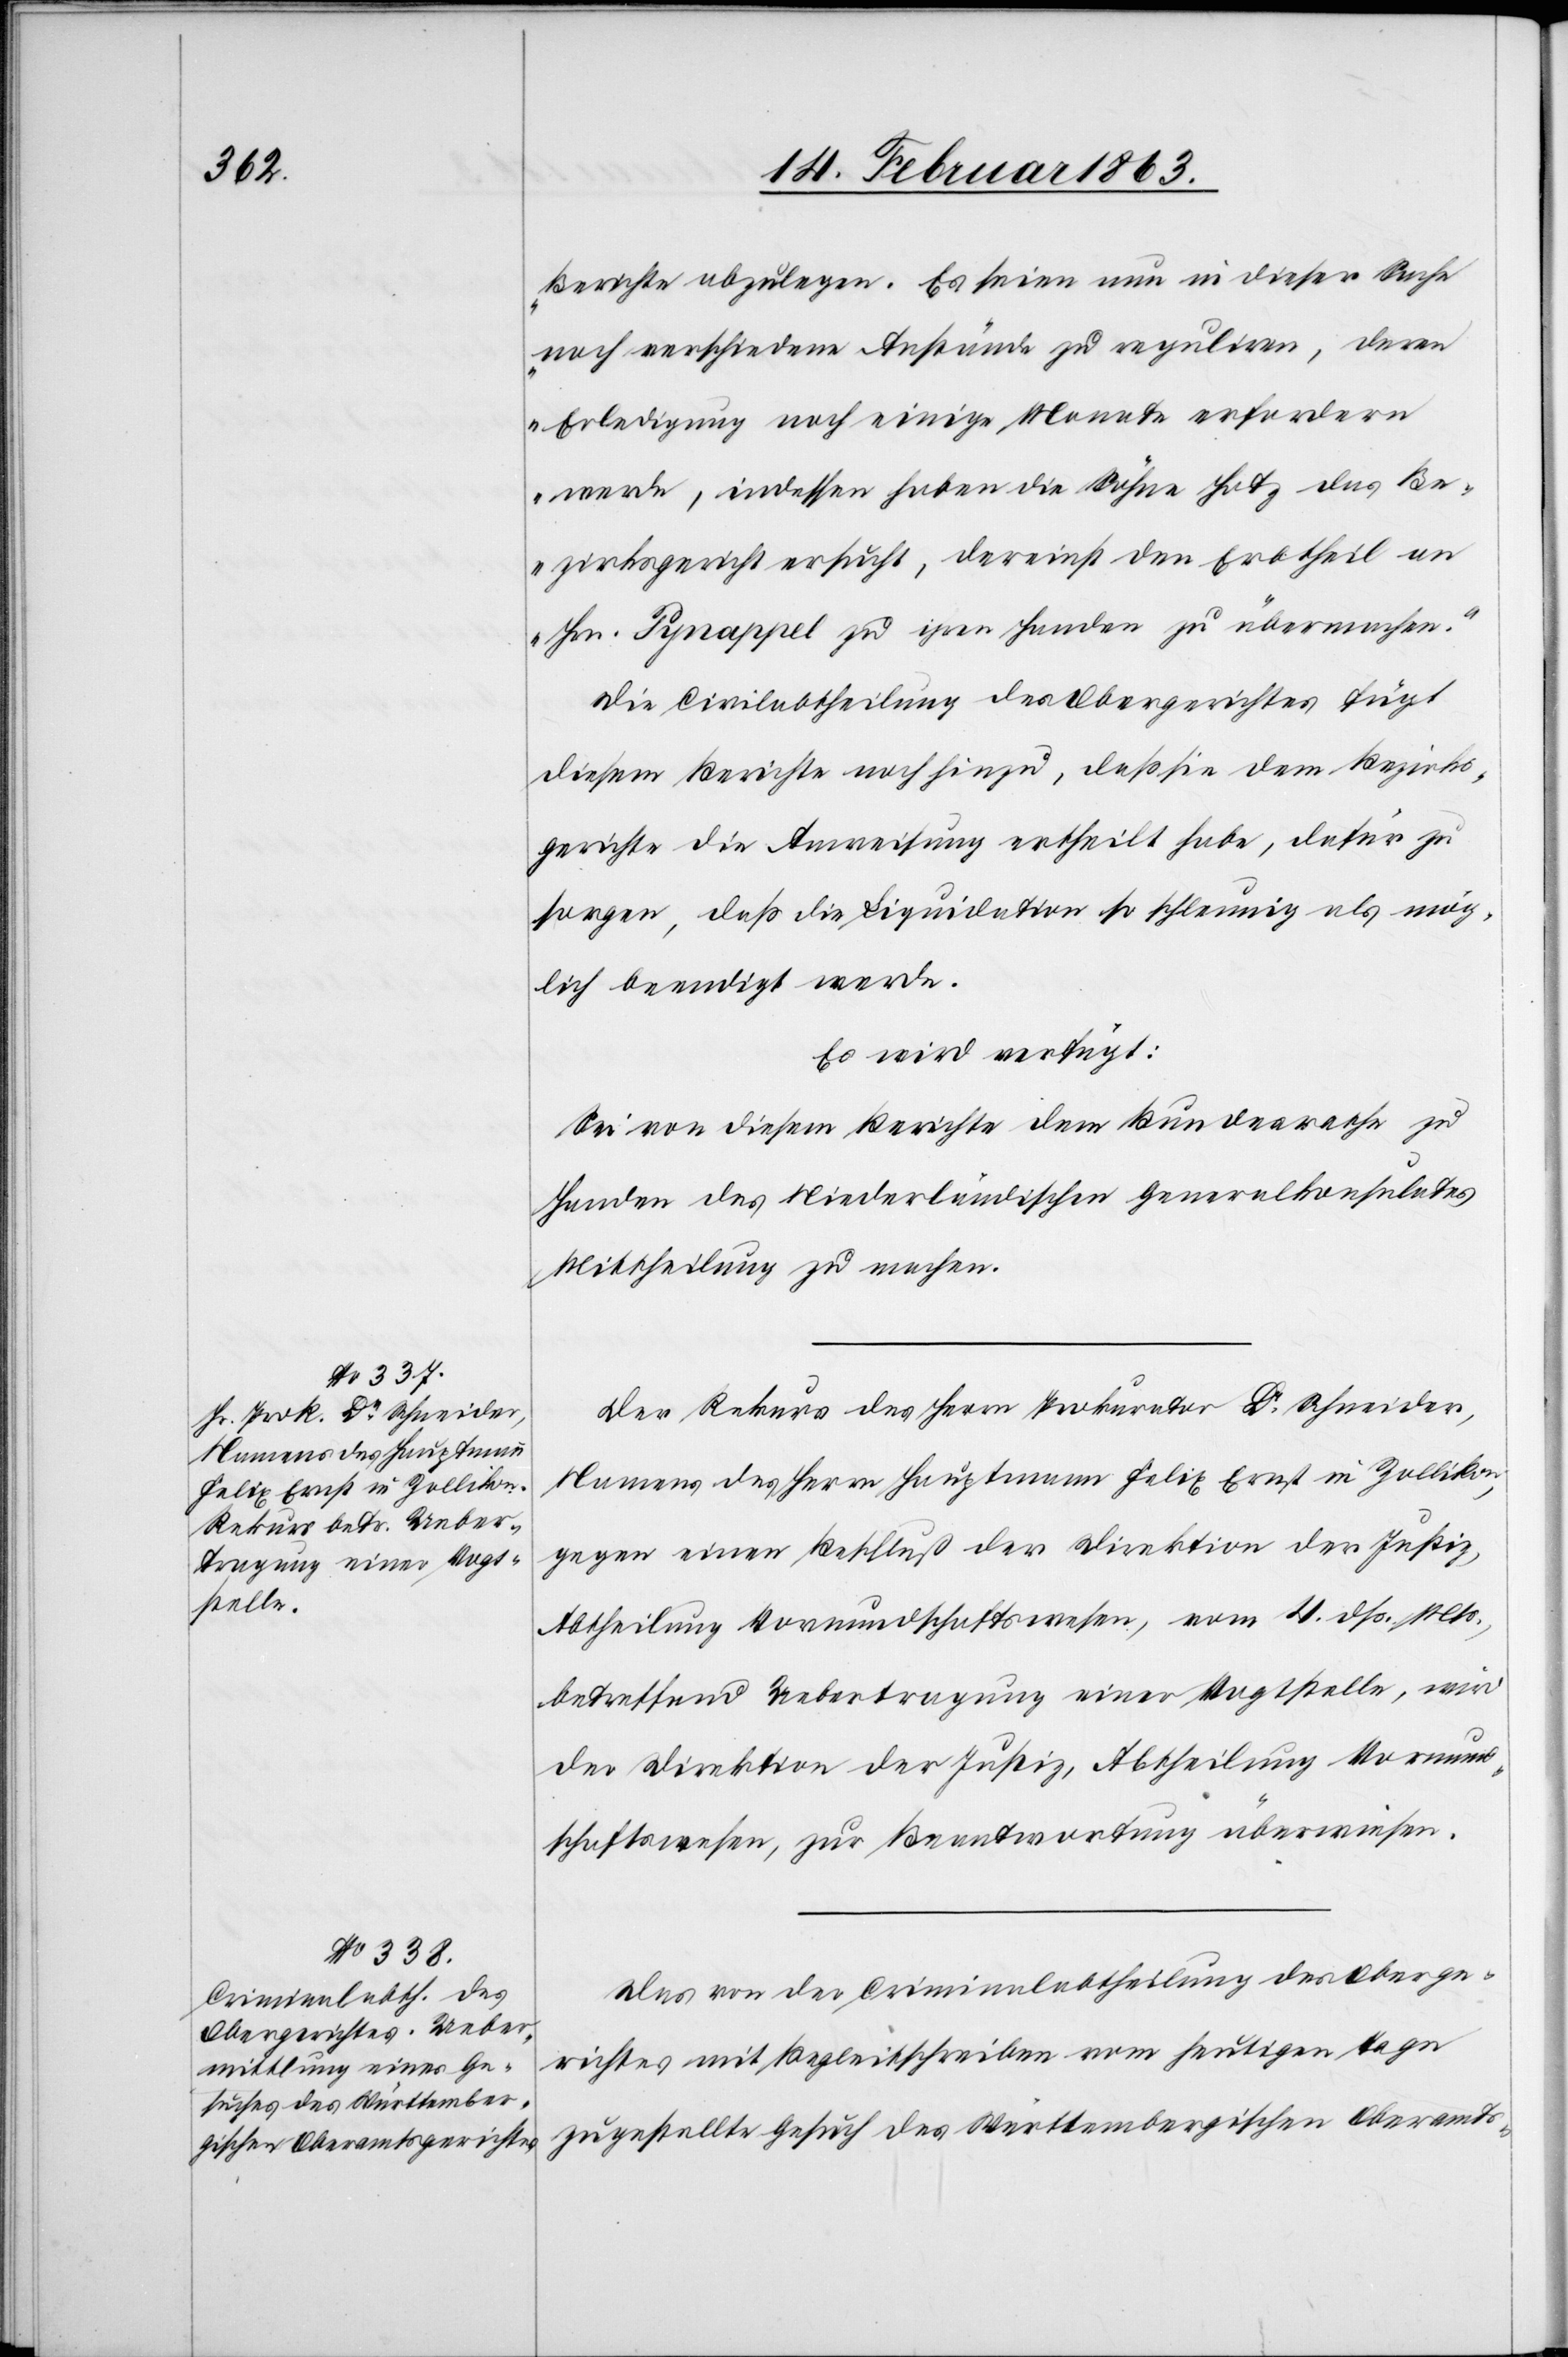
14. Februar 1863.]
Berichte abzulegen. Es seien nun in dieser Sache
noch verschiedene Anstände zu reguliren, deren
Erledigung noch einige Monate erfordern
werde, indessen haben die Söhne Hotz das Be¬
zirksgericht ersucht, dereinst den Erbtheil an
Hrn. Pynappel zu ihren Handen zu übermachen.“
Die Civilabtheilung des Obergerichtes fügt
diesem Berichte noch hinzu, daß sie dem Bezirks¬
gerichte die Anweisung ertheilt habe, dafür zu
sorgen, daß die Liquidation so schleunig als mög¬
lich beendigt werde.
Es wird verfügt:
Sei von diesem Berichte dem Bundesrathe zu
Handen des Niederländischen Generalkonsulates
Mittheilung zu machen.
Der Rekurs des Herrn Prokurator Dr Schneider,
Namens des Herrn Hauptmann Felix Ernst in Zollikon,
gegen einen Beschluß der Direktion der Justiz,
Abtheilung Vormundschaftswesen, vom 4. dß. Mts.,
betreffend Uebertragung einer Vogtstelle, wird
der Direktion der Justiz, Abtheilung Vormund¬
schaftswesen, zur Beantwortung überwiesen.
Das von der Criminalabtheilung des Oberge¬
richtes mit Begleitschreiben vom heutigen Tage
zugestellte Gesuch des Württembergischen Oberamts-